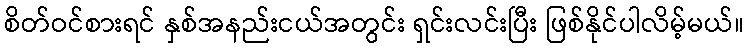
စိတ်ဝင်စားရင် နှစ်အနည်းငယ်အတွင်း ရှင်းလင်းပြီး ဖြစ်နိုင်ပါလိမ့်မယ်။